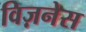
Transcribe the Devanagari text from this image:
विज़नेस